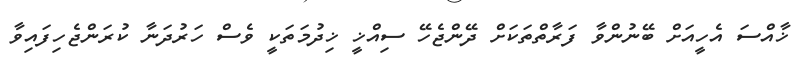
ޚާއްސަ އެހީއަށް ބޭނުންވާ ފަރާތްތަކަށް ދޭންޖެހޭ ސިއްޚީ ޚިދުމަތަކީ ވެސް ހަރުދަނާ ކުރަންޖެހިފައިވާ